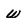
Character: w